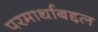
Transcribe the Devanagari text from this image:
परमार्थाबद्दल